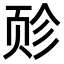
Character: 𫖬